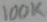
Text: 100K